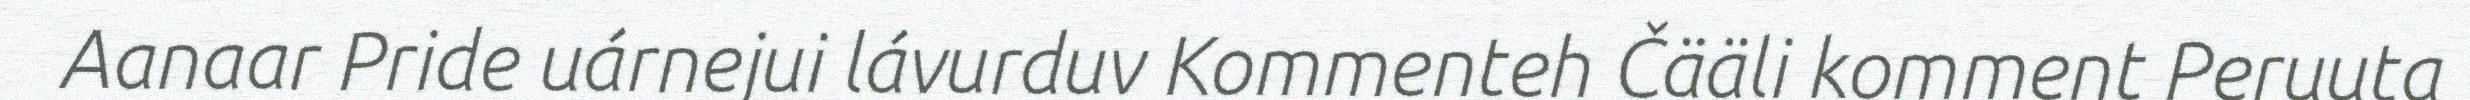
Aanaar Pride uárnejui lávurduv Kommenteh Čääli komment Peruuta